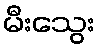
မီးသွေး